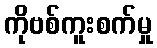
ကိုဗစ်ကူးစက်မှု